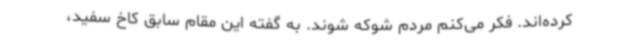
کرده‌اند. فکر می‌کنم مردم شوکه شوند. به گفته این مقام سابق کاخ سفید،